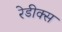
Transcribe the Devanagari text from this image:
रेडीक्स